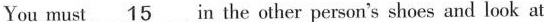
You must \underline{15} in the other person's shoes and look at